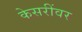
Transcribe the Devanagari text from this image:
केसरींवर